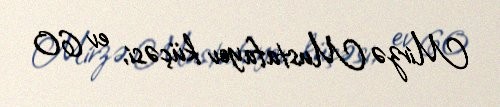
Mirzə Mustafayev küçəsi, ev 60